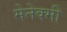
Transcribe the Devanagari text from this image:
मेनेक्मी